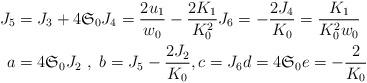
LaTeX: \begin{align*}J_{5} & =J_{3}+4\mathfrak{S}_{0}J_{4}=\frac{2u_{1}}{w_{0}}-\frac{2K_{1}}{K_{0}^{2}}J_{6}=-\frac{2J_{4}}{K_{0}}=\frac{K_{1}}{K_{0}^{2}w_{0}}\\a & =4\mathfrak{S}_{0}J_{2}\ ,\ b=J_{5}-\frac{2J_{2}}{K_{0}},c=J_{6}d=4\mathfrak{S}_{0}e=-\frac{2}{K_{0}}\end{align*}